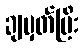
ချမှတ်ပြီး